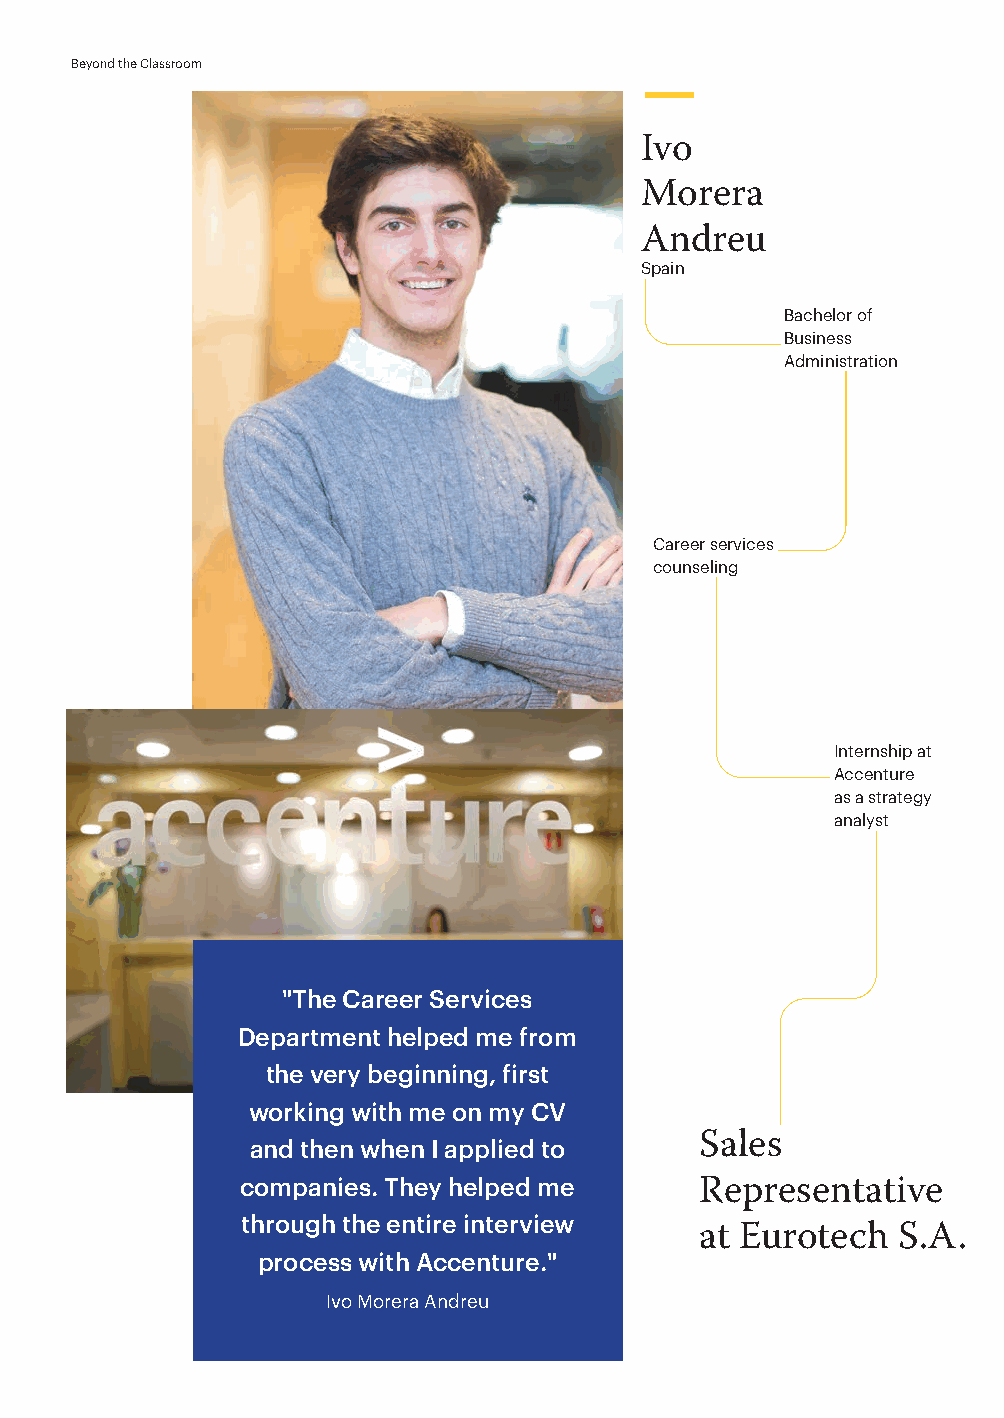
Beyond the Classroom
 Ivo
 Morera
 Andreu
 Spain
 Bachelor of
 Business
 Administration
 Career services
 counseling
 Internship at
 Accenture
 as a strategy
 analyst
 "The Career Services
 Department helped me from
 the very beginning, first
 working with me on my CV
 and then when I applied to   Sales
 companies. They helped me
 Representative
 through the entire interview
 at Eurotech  S.A.
 process with Accenture."
 Ivo Morera Andreu